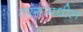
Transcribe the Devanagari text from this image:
तरंगांमधील